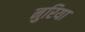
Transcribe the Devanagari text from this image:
नुरिया